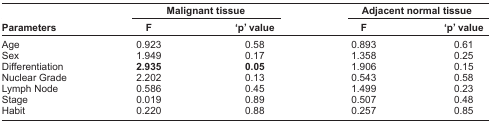
|  | <COLSPAN=2> Malignant tissue | <COLSPAN=2> Adjacent normal tissue |
 | Parameters | F | ‘p’ value | F | ‘p’ value |
 | --- | --- | --- | --- | --- |
 | Age | 0.923 | 0.58 | 0.893 | 0.61 |
 | Sex | 1.949 | 0.17 | 1.358 | 0.25 |
 | Differentiation | 2.935 | 0.05 | 1.906 | 0.15 |
 | Nuclear Grade | 2.202 | 0.13 | 0.543 | 0.58 |
 | Lymph Node | 0.586 | 0.45 | 1.499 | 0.23 |
 | Stage | 0.019 | 0.89 | 0.507 | 0.48 |
 | Habit | 0.220 | 0.88 | 0.257 | 0.85 |